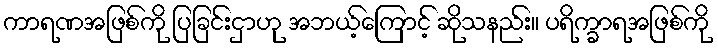
ကာရဏအဖြစ်ကို ပြခြင်းငှာဟု အဘယ့်ကြောင့် ဆိုသနည်း။ ပရိက္ခာရအဖြစ်ကို